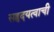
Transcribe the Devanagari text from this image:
सहृदयत्वाची